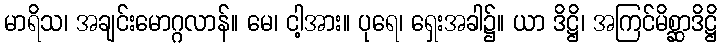
မာရိသ၊ အချင်းမောဂ္ဂလာန်။ မေ၊ ငါ့အား။ ပုရေ၊ ရှေးအခါ၌။ ယာ ဒိဋ္ဌိ၊ အကြင်မိစ္ဆာဒိဋ္ဌိ